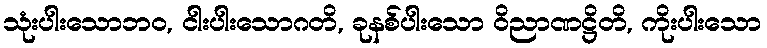
သုံးပါးသောဘဝ, ငါးပါးသောဂတိ, ခုနစ်ပါးသော ဝိညာဏဋ္ဌိတိ, ကိုးပါးသော